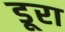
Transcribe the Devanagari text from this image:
डूरा